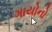
ગાયોનો